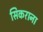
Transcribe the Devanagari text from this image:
सिकराना